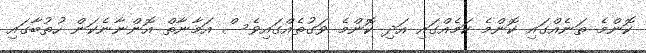
ކޮންމެ ތަނެއްގައި ކޮންމެ ކަމެއްގައި އަދި ކޮންމެ ވަގުތެއްގައިވެސް އަމާނާތް އޮންނާނެކަން ހުތުބާގައި